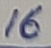
Text: 16